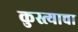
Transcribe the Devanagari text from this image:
कुस्त्याचा